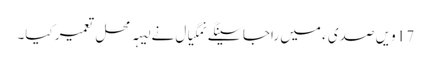
17 ویں صدی ء میں راجا سینگے نمگیال نے لیہہ محل تعمیر کیا۔